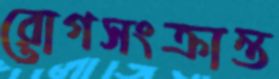
রোগসংক্রান্ত